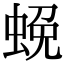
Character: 𮔔